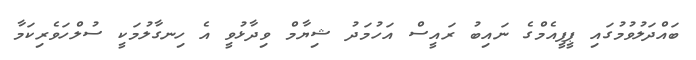
ބައްދަލުވުމުގައި ޕީޕީއެމްގެ ނައިބު ރައީސް އަހުމަދު ޝިޔާމް ވިދާޅުވީ އެ ހިނގާލުމަކީ ސުލްހަވެރިކަމާ